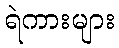
ရဲကားများ